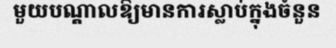
មួយបណ្តាលឱ្យមានការស្លាប់ក្នុងចំនួន